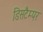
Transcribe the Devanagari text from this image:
डिसटैम्पर